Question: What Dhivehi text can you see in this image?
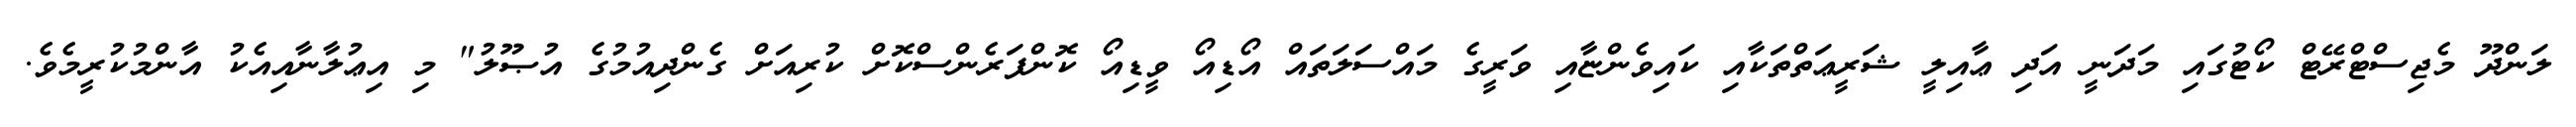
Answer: ލަންދޫ މެޖިސްޓްރޭޓް ކޯޓުގައި މަދަނީ އަދި ޢާއިލީ ޝަރީޢަތްތަކާއި ކައިވެންޏާއި ވަރީގެ މައްސަލަތައް އޯޑިއޯ ވީޑިއޯ ކޮންފަރެންސްކޮށް ކުރިއަށް ގެންދިއުމުގެ އުޞޫލު" މި އިޢުލާނާއިއެކު އާންމުކުރީމެވެ.